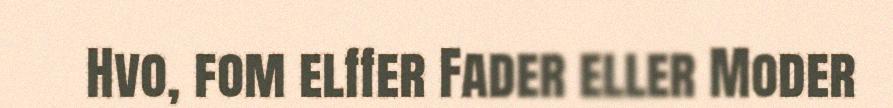
Hvo, fom elffer Fader eller Moder